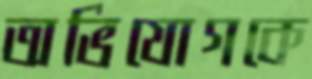
অভিযোগকে